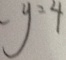
y = 4